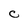
Character: C